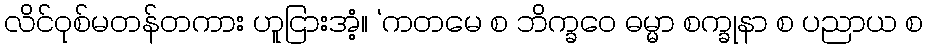
လိင်ဝုစ်မတန်တကား ဟူငြားအံ့။ ‘ကတမေ စ ဘိက္ခဝေ ဓမ္မာ စက္ခုနာ စ ပညာယ စ